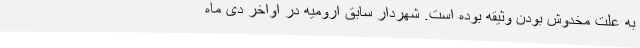
به علت مخدوش بودن وثیقه بوده است. شهردار سابق ارومیه در اواخر دی ماه